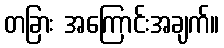
တခြား အကြောင်းအချက်။